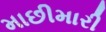
માછીમારી